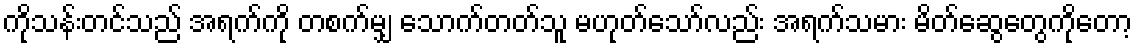
ကိုသန်းတင်သည် အရက်ကို တစက်မျှ သောက်တတ်သူ မဟုတ်သော်လည်း အရက်သမား မိတ်ဆွေတွေကိုတော့